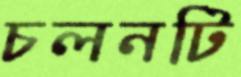
চলনটি